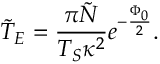
\tilde { T } _ { E } = \frac { \pi \tilde { N } } { T _ { S } \kappa ^ { 2 } } e ^ { - \frac { \Phi _ { 0 } } { 2 } } .